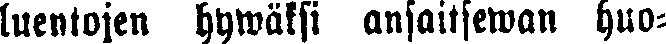
luentojen hywäksi ansaitseman huo-